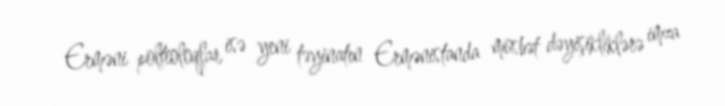
Erməni poltioloqlar isə yeni təyinatın Ermənistanda müsbət dəyişikliklərə imza